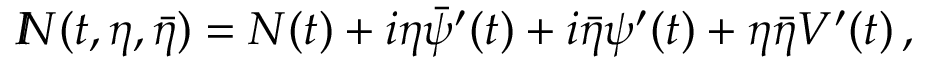
{ I \! \! N } ( t , \eta , \bar { \eta } ) = N ( t ) + i \eta \bar { \psi } ^ { \prime } ( t ) + i \bar { \eta } \psi ^ { \prime } ( t ) + \eta \bar { \eta } { \cal V } ^ { \prime } ( t ) \, ,